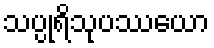
သပ္ပုရိသုပဿယော